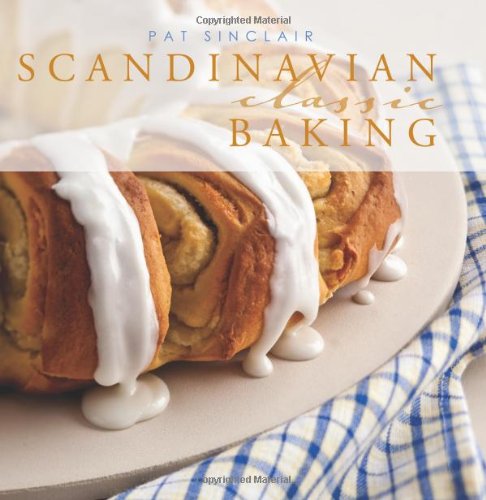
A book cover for Scandinavian Classic Baking; Pat Sinclair; Cookbooks, Food & Wine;